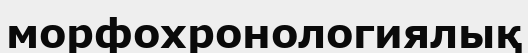
морфохронологиялық